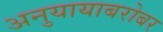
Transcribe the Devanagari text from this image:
अनुयायाबरोबर